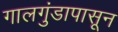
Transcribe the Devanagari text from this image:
गालगुंडापासून